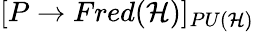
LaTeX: [P\rightarrow Fred({\mathcal{H}})]_{PU({\mathcal{H}})}